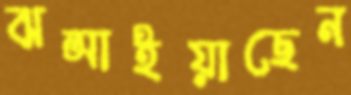
ঝল্‌সাইয়াছেন